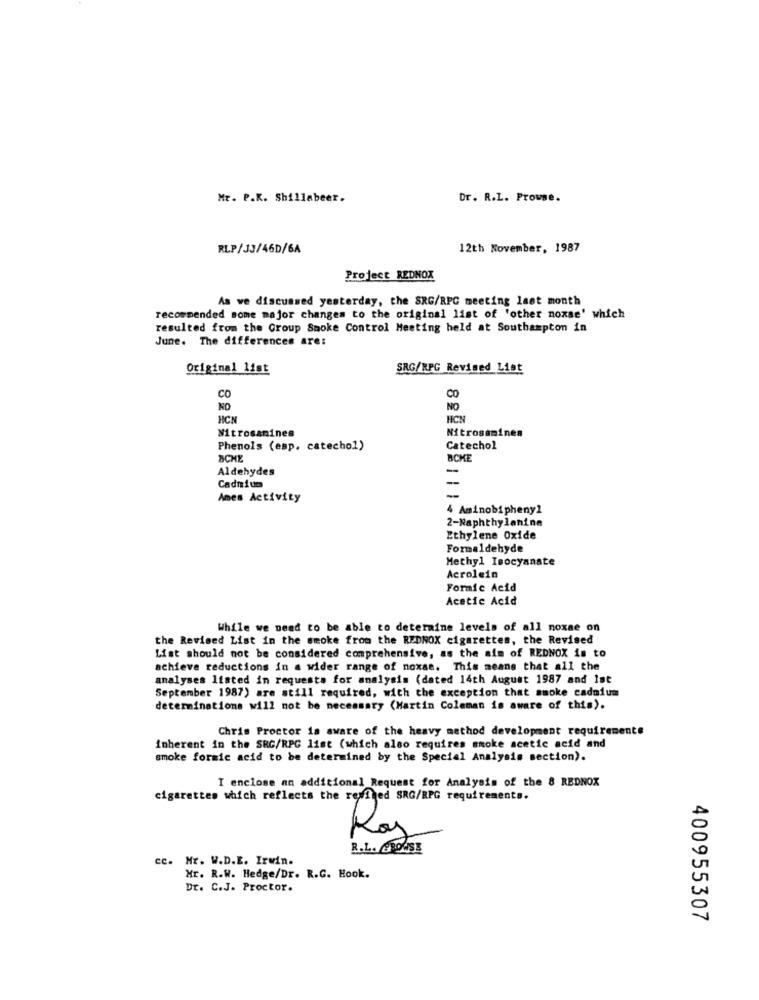
Mr. P.K. Shillabeer.
Dr. R.L. Prowse.
RLP/JJ/46D/6A
12th November, 1987
Project REDNOX
As we discussed yesterday, the SRG/RPC meeting last month
recommended some major changes to the original list of 'other noxae' which
resulted from the Group Smoke Control Meeting held at Southampton in
June. The differences are:
Original_list
SRG/RPG Revised List
CO
CO
NO
NO
HCN
HCN
Nitrosamines
Mitrosamines
Phenols (esp. catechol)
Catechol
BCKE
Aldehydes
Cadmium
Ames Activity
4 Aminobipheny1
2-Naphthylaninn
Ethylene Oxide
Formaldehyde
Methyl Isocyanate
Acrolein
Formie Acid
Acetic Acid
While we need to be able to determine levels of all noxae on
the Revised List in the smoke from the REDNOX cigarettes, the Revised
List should not be considered comprehensive, as the aim of REDNOX is to
achieve reductions in a wider range of noxae. This means that all the
analyses listed in requests for analysis (dated 14th August 1987 and 1st
September 1987) are still required, with the exception that smoke cadmium
determinations will not be necessary (Martin Coleman is aware of this).
Chris Proctor is aware of the heavy method development requirements
inherent in the SRC/RPG list (which also requires smoke acetic acid and
smoke formic acid to be determined by the Special Analysis section).
I enclose an additional Request for Analysis of the 8 REDNOX
cigarettes which reflects the resthed SRG/RPG requirements.
Ras
R.L. BROWSE
cc. Mr. W.D.E. Irwin.
Mr. R.W. Hedge/Dr. R.G. Hook.
Dr. C.J. Proctor.
400955307